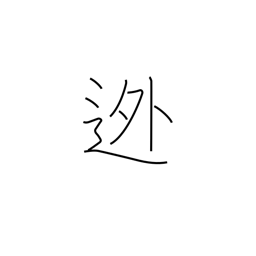
Meaning: abscond